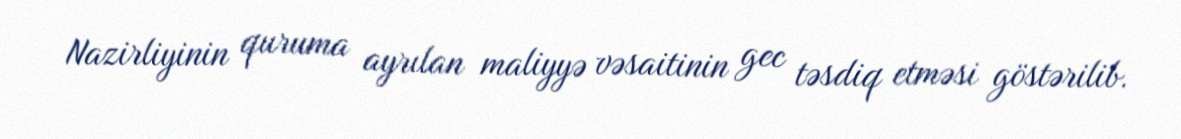
Nazirliyinin quruma ayrılan maliyyə vəsaitinin gec təsdiq etməsi göstərilib.